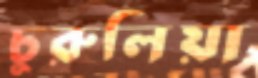
চুরুলিয়া